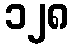
၁၂၈